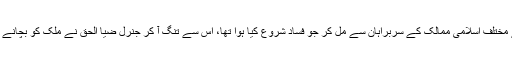
بہرحال بھٹو نے مختلف اسلامی ممالک کے سربراہان سے مل کر جو فساد شروع کیا ہوا تھا، اس سے تنگ آ کر جنرل ضیا الحق نے ملک کو بچانے کا فیصلہ کر لیا۔